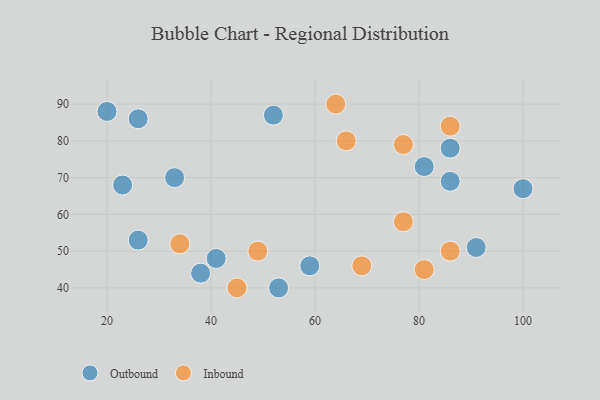
{"axis": {"x": "GDP", "y": "Life Expectancy"}, "legend": ["Inbound", "Outbound"], "data": [{"x": "91", "y": 51, "type": "Outbound"}, {"x": "41", "y": 48, "type": "Outbound"}, {"x": "52", "y": 87, "type": "Outbound"}, {"x": "20", "y": 88, "type": "Outbound"}, {"x": "86", "y": 69, "type": "Outbound"}, {"x": "33", "y": 70, "type": "Outbound"}, {"x": "100", "y": 67, "type": "Outbound"}, {"x": "81", "y": 73, "type": "Outbound"}, {"x": "26", "y": 86, "type": "Outbound"}, {"x": "86", "y": 78, "type": "Outbound"}, {"x": "53", "y": 40, "type": "Outbound"}, {"x": "23", "y": 68, "type": "Outbound"}, {"x": "26", "y": 53, "type": "Outbound"}, {"x": "38", "y": 44, "type": "Outbound"}, {"x": "59", "y": 46, "type": "Outbound"}, {"x": "77", "y": 58, "type": "Inbound"}, {"x": "45", "y": 40, "type": "Inbound"}, {"x": "34", "y": 52, "type": "Inbound"}, {"x": "64", "y": 90, "type": "Inbound"}, {"x": "69", "y": 46, "type": "Inbound"}, {"x": "49", "y": 50, "type": "Inbound"}, {"x": "86", "y": 50, "type": "Inbound"}, {"x": "81", "y": 45, "type": "Inbound"}, {"x": "86", "y": 84, "type": "Inbound"}, {"x": "77", "y": 79, "type": "Inbound"}, {"x": "66", "y": 80, "type": "Inbound"}]}